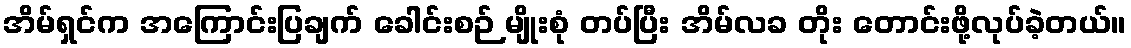
အိမ်ရှင်က အကြောင်းပြချက် ခေါင်းစဉ် မျိုးစုံ တပ်ပြီး အိမ်လခ တိုး တောင်းဖို့လုပ်ခဲ့တယ်။